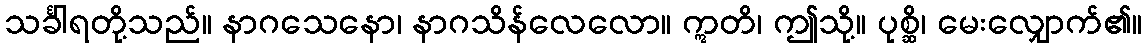
သင်္ခါရတို့သည်။ နာဂသေနော၊ နာဂသိန်လေလော။ ဣတိ၊ ဤသို့။ ပုစ္ဆိ၊ မေးလျှောက်၏။